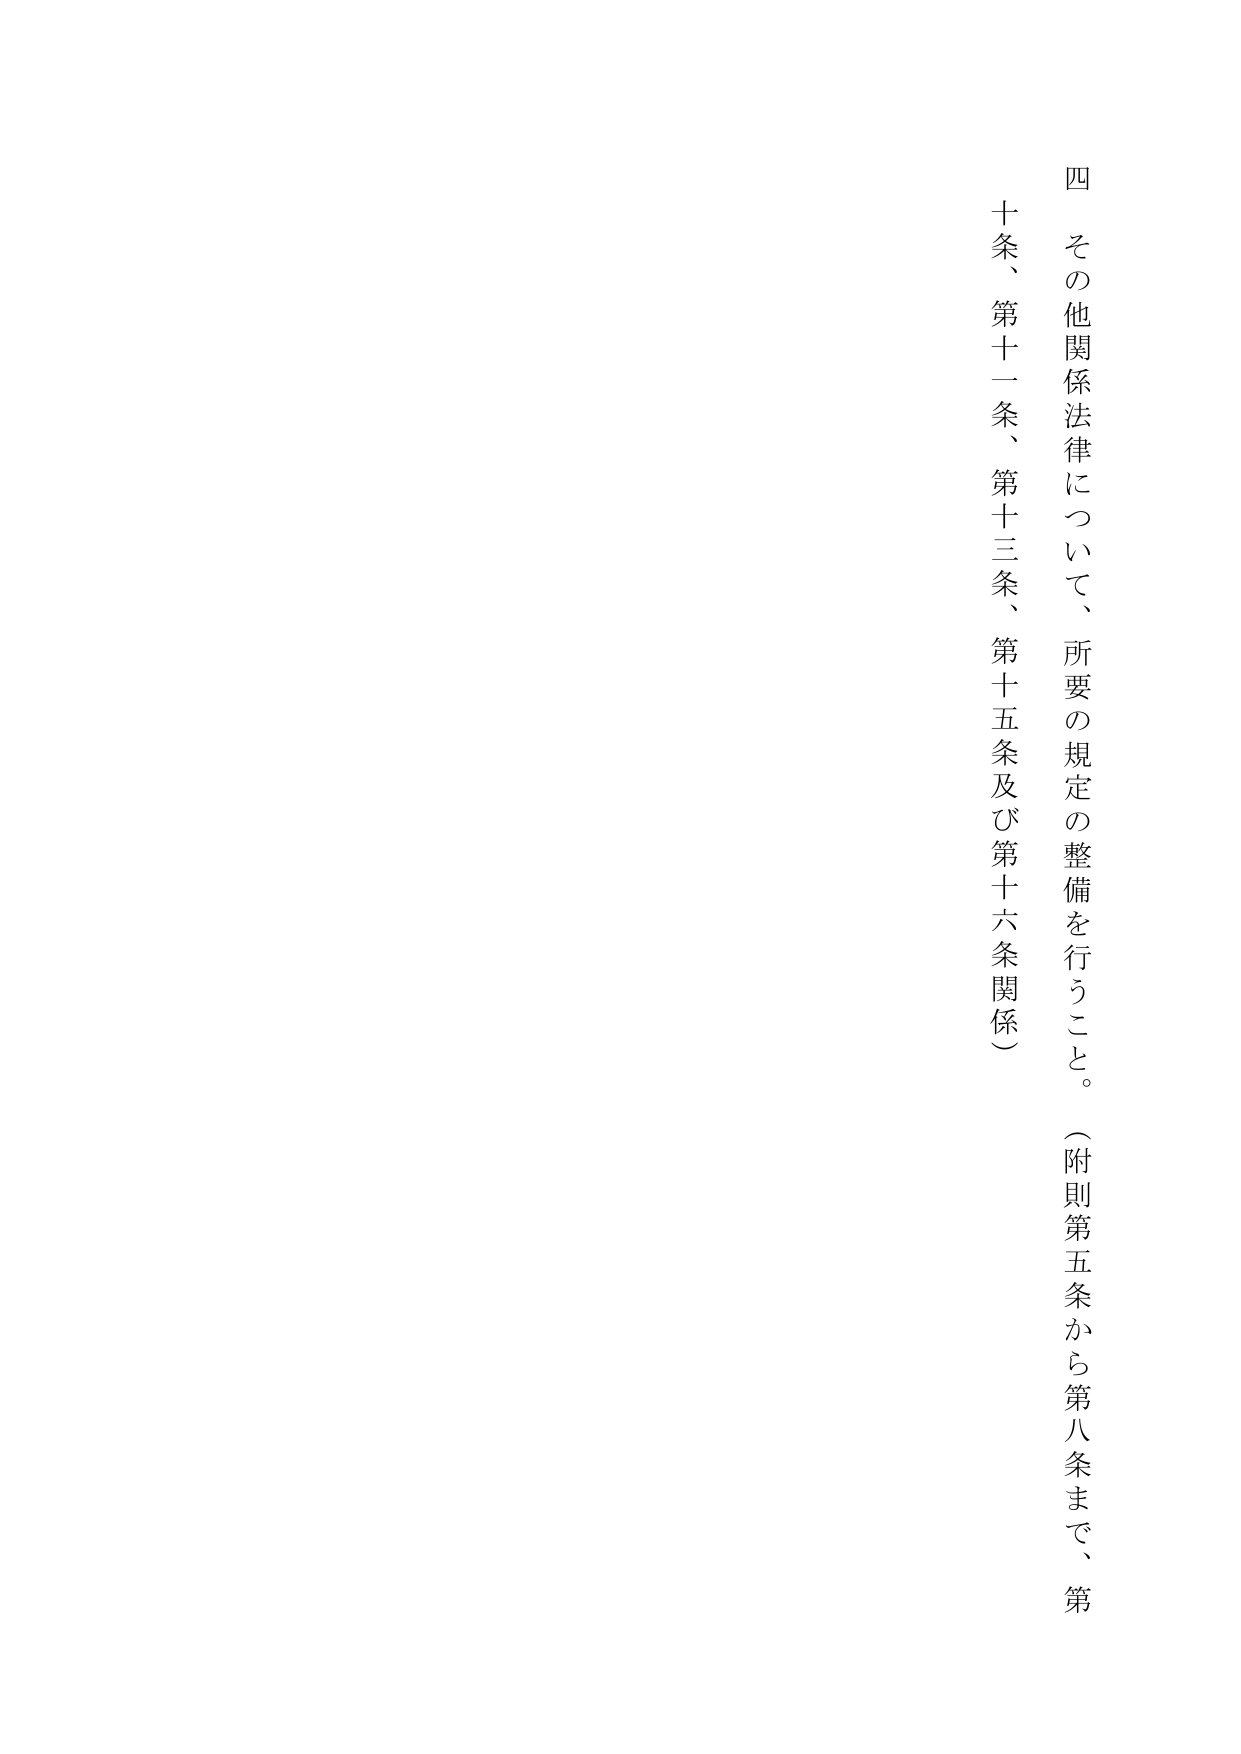
四　その他関係法律について、所要の規定の整備を行うこと。（附則第五条から第八条まで、第十条、第十一条、第十三条、第十五条及び第十六条関係）